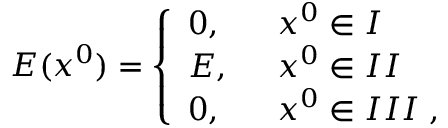
E ( x ^ { 0 } ) = \left\{ \begin{array} { l l } { { 0 , \; \; } } & { { x ^ { 0 } \in I } } \\ { { E , \; \; } } & { { x ^ { 0 } \in I I } } \\ { { 0 , \; \; } } & { { x ^ { 0 } \in I I I \; , } } \end{array} \right.